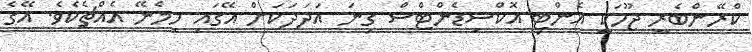
ކްރޭންބެރީ ޖޫހަކީ އެންޓި އޮކްސިޑެންޓްސް ގިނަ އަދަދަކަށް އޭގައި ހިމެނޭ އެއްޗެކެވެ. އޭގެ